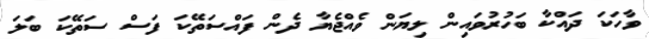
ވާހަކަ ދައްކާ ބަހުރުވައިން ލިޔަން ވެއްޖެޔާ ދެން ފައްސަތޭކަ ފަސް ސަތޭކަ ބަލަ